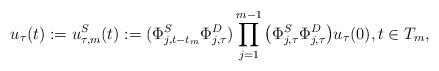
LaTeX: \begin{align*}u_\tau (t):=u_{\tau,m}^S(t):=(\Phi_{j,t-t_m}^S\Phi_{j,\tau}^D)\prod_{j=1}^{m-1}\big(\Phi_{j,\tau}^S\Phi_{j,\tau}^D\big)u_\tau(0),t\in T_m,\end{align*}